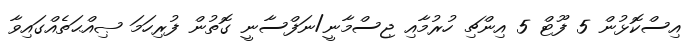
އިސްކޮޅުން 5 ފޫޓް 5 އިންޗި ހުރުމާއި ޖިސްމާނީ/ނަފްސާނީ ގޮތުން ފުރިހަމަ ޞިއްޙަތެއްގައިވާ